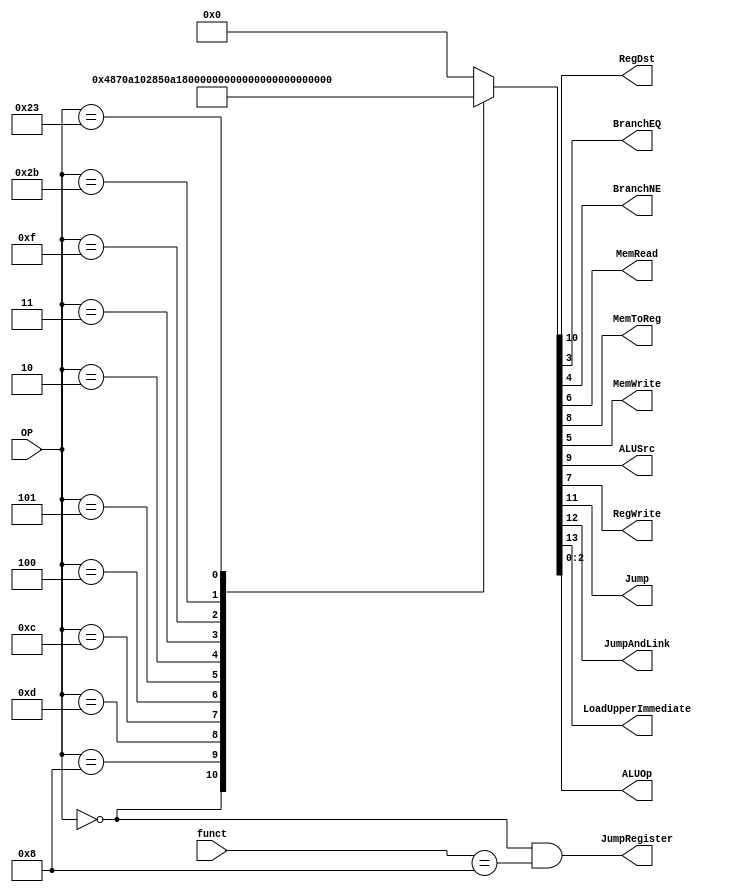
/******************************************************************
* Description
*	This is control unit for the MIPS processor. The control unit is 
*	in charge of generation of the control signals. Its only input 
*	corresponds to opcode from the instruction.
*	1.0
* Author:
*	MSc. Jos Luis Pizano Escalante
* Date:
*	01/03/2014
******************************************************************/
module Control
(
	input [5:0] OP,
	input [5:0] funct,
	
	output RegDst,
	output BranchEQ,
	output BranchNE,
	output MemRead,
	output MemToReg,
	output MemWrite,
	output ALUSrc,
	output RegWrite,
	output Jump,
	output JumpAndLink,
	output LoadUpperImmediate,
	output JumpRegister,
	output [2:0]ALUOp
);

localparam R_Type = 0;
localparam I_Type_ADDI = 6'h8;
localparam I_Type_ORI = 6'h0d;
localparam I_Type_ANDI = 6'h0c;
localparam I_Type_SW = 6'h2b;
localparam I_Type_LW = 6'h23;
localparam BEQ = 6'h4;
localparam BNE = 6'h5;
localparam J = 6'h2;
localparam JAL = 6'h3;
localparam LUI = 6'hf;

reg [13:0] ControlValues;

always@(OP) begin
	casex(OP)
		R_Type:      ControlValues = 14'b0_00_1_001_00_00_111;
		I_Type_ADDI: ControlValues = 14'b0_00_0_101_00_00_100;  
		I_Type_ORI:  ControlValues = 14'b0_00_0_101_00_00_101;  
		I_Type_ANDI: ControlValues = 14'b0_00_0_101_00_00_110;
		BEQ:         ControlValues = 14'b0_00_0_000_00_01_001;
		BNE:         ControlValues = 14'b0_00_0_000_00_10_001;
		J:           ControlValues = 14'b0_01_0_000_00_00_000;
		JAL:         ControlValues = 14'b0_11_0_001_00_00_000;
		LUI:         ControlValues = 14'b1_00_0_001_00_00_000;
		I_Type_SW:	 ControlValues = 14'b0_00_0_100_01_00_100;
		I_Type_LW:	 ControlValues = 14'b0_00_0_111_10_00_100;
		default:     ControlValues = 14'b0;
		endcase
end	

assign LoadUpperImmediate = ControlValues[13];
assign JumpAndLink = ControlValues[12];
assign Jump = ControlValues[11];
assign RegDst = ControlValues[10];
assign ALUSrc = ControlValues[9];
assign MemToReg = ControlValues[8];
assign RegWrite = ControlValues[7];
assign MemRead = ControlValues[6];
assign MemWrite = ControlValues[5];
assign BranchNE = ControlValues[4];
assign BranchEQ = ControlValues[3];
assign ALUOp = ControlValues[2:0];
assign JumpRegister = OP == R_Type && funct == 6'h8;
	

endmodule